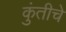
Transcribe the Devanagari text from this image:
कुंतीचे